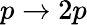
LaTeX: p\rightarrow 2p